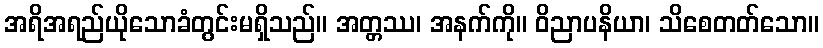
အရိအရည်ယိုသောခံတွင်းမရှိသည်။ အတ္တဿ၊ အနက်ကို။ ဝိညာပနိယာ၊ သိစေတတ်သော။